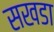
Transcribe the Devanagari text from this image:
सखडा